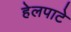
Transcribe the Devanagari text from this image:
हेलपाटे